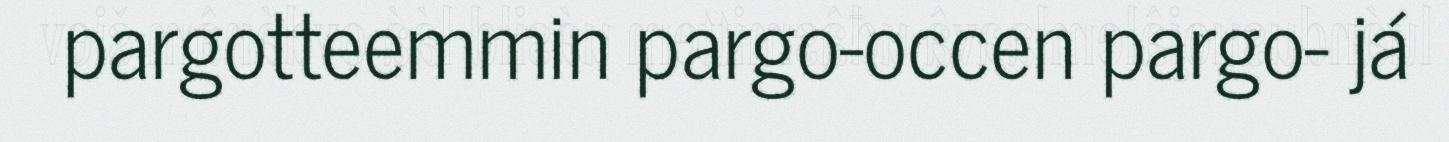
pargotteemmin pargo-occen pargo- já